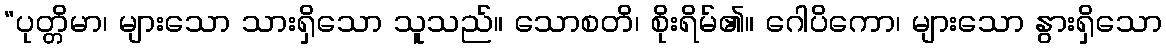
“ပုတ္တိမာ၊ များသော သားရှိသော သူသည်။ သောစတိ၊ စိုးရိမ်၏။ ဂေါပိကော၊ များသော နွားရှိသော